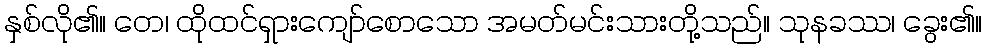
နှစ်လို၏။ တေ၊ ထိုထင်ရှားကျော်စောသော အမတ်မင်းသားတို့သည်။ သုနခဿ၊ ခွေး၏။